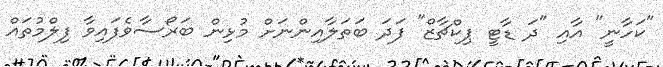
"ކަހާނީ" އާއި "ދަ ޑާޓީ ޕިކްޗާޒް" ފަދަ ބަތަލާއިންނަށް މުޅިން ބަރޯސާވެފައިވާ ފިލްމުތައް